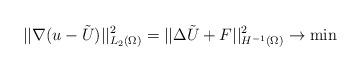
LaTeX: \begin{align*}|| \nabla (u-\tilde{U}) ||_{L_2(\Omega)}^2=|| \Delta \tilde{U} +F||^2_{H^{-1}(\Omega)} \to \min\end{align*}